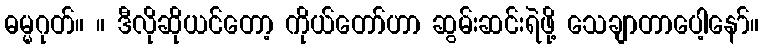
ဓမ္မဂုတ်။ ။ ဒီလိုဆိုယင်တော့ ကိုယ်တော်ဟာ ဆွမ်းဆင်းရဲဖို့ သေချာတာပေါ့နော်။